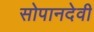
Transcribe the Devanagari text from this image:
सोपानदेवी